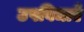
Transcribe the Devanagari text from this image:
उपविधाएँ